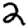
Digit: 2